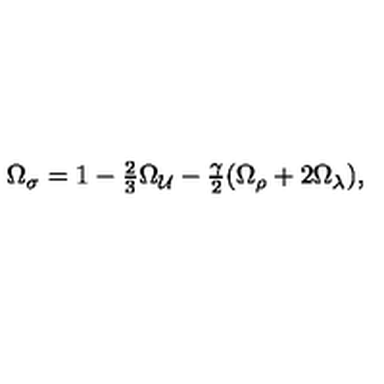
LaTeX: \Omega _ { \sigma } = 1 - \textstyle { \frac { 2 } { 3 } } \Omega _ { \cal U } - \textstyle { \frac { \gamma } { 2 } } ( \Omega _ { \rho } + 2 \Omega _ { \lambda } ) ,